Civil Veterinary Dept. Bombay admin report 1907-1913 - 1907-1913
Year: 1907
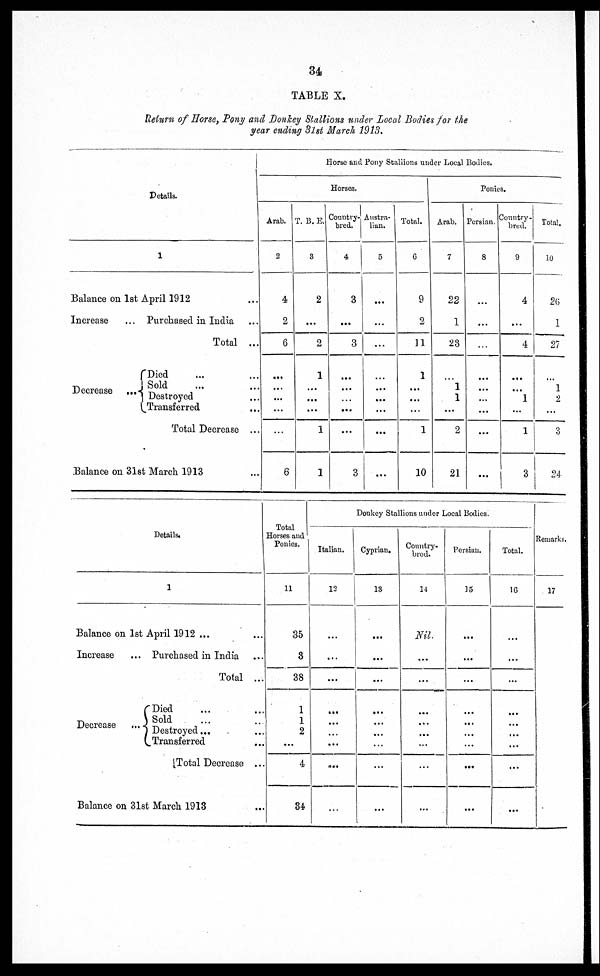
34
TABLE X.
Return of Horse, Tony and Donkey Stallions under Local Bodies for the
year ending 31st March 1913.
Details.
1
Balance on 1st April 1912 ...
Increase
Decrease
... Purchased in India ...
Total ...
Died ... ...
Sold ... ...
... Destroyed ...
Transferred ...
Total Decrease ...
Balance on 31st March 1913 ...
Horse and Pony Stallions under Local Bodies.
Horses.
Arab.
2
4
2
6
...
...
...
...
...
6
T. B. E.
3
2
...
2
1
...
...
...
1
1
Country-
bred.
4
3
...
3
...
...
...
...
...
3
Austra-
lian.
5
...
...
...
...
...
...
...
...
...
Total.
6
9
2
11
1
...
...
...
1
10
Ponies.
Arab.
7
22
1
23
...
1
1
...
2
21
Persian.
8
...
...
...
...
...
...
...
...
...
Country-
bred.
9
4
...
4
...
...
1
...
1
3
Total.
10
26
1
21
...
1
2
...
3
24
Details.
1
Balance on 1st April 1912 ... ...
Increase
Decrease
... Purchased in India ...
Total ...
Died ... ...
Sold ... ...
Destroyed ... ...
Transferred ...
Total Decrease ...
Balance on 31st March 1913 ...
Total
Horses and
Ponies.
11
35
3
38
1
1
2
...
4
34
Donkey Stallions under Local Bodies.
Italian.
12
...
...
...
...
...
...
...
...
...
Cyprian.
13
...
...
...
...
...
...
...
...
...
Country-
bred.
14
Nil.
...
...
...
...
...
...
...
...
Persian.
15
...
...
...
...
...
...
...
...
...
Total.
16
...
...
...
...
...
...
...
...
...
Remarks.
17